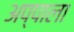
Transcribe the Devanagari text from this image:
अप्पाला